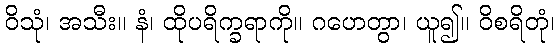
ဝိသုံ၊ အသီး။ နံ၊ ထိုပရိက္ခရာကို။ ဂဟေတွာ၊ ယူ၍။ ဝိစရိတုံ၊